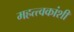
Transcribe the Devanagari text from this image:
महत्त्वकांशी